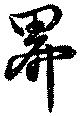
界